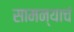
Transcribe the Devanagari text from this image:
सामन्याचं